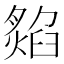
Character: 𤎡